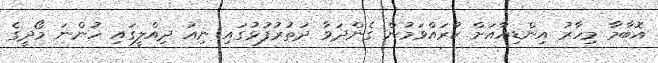
އޮބާމާ މިހާރު އިންޑިއާއަށް ކުރައްވަމުން ގެންދަވާ ދަތުރުފުޅުގައި ނިއު ދިއްލީގައި ހުންނަ މޯދީގެ